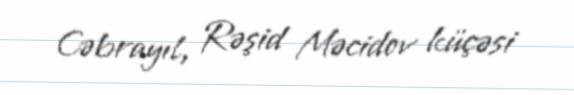
Cəbrayıl, Rəşid Məcidov küçəsi